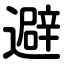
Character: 避